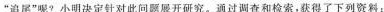
”追尾”呢?小明决定针对此问题展开研究。通过调查和检索，获得了下列资料：